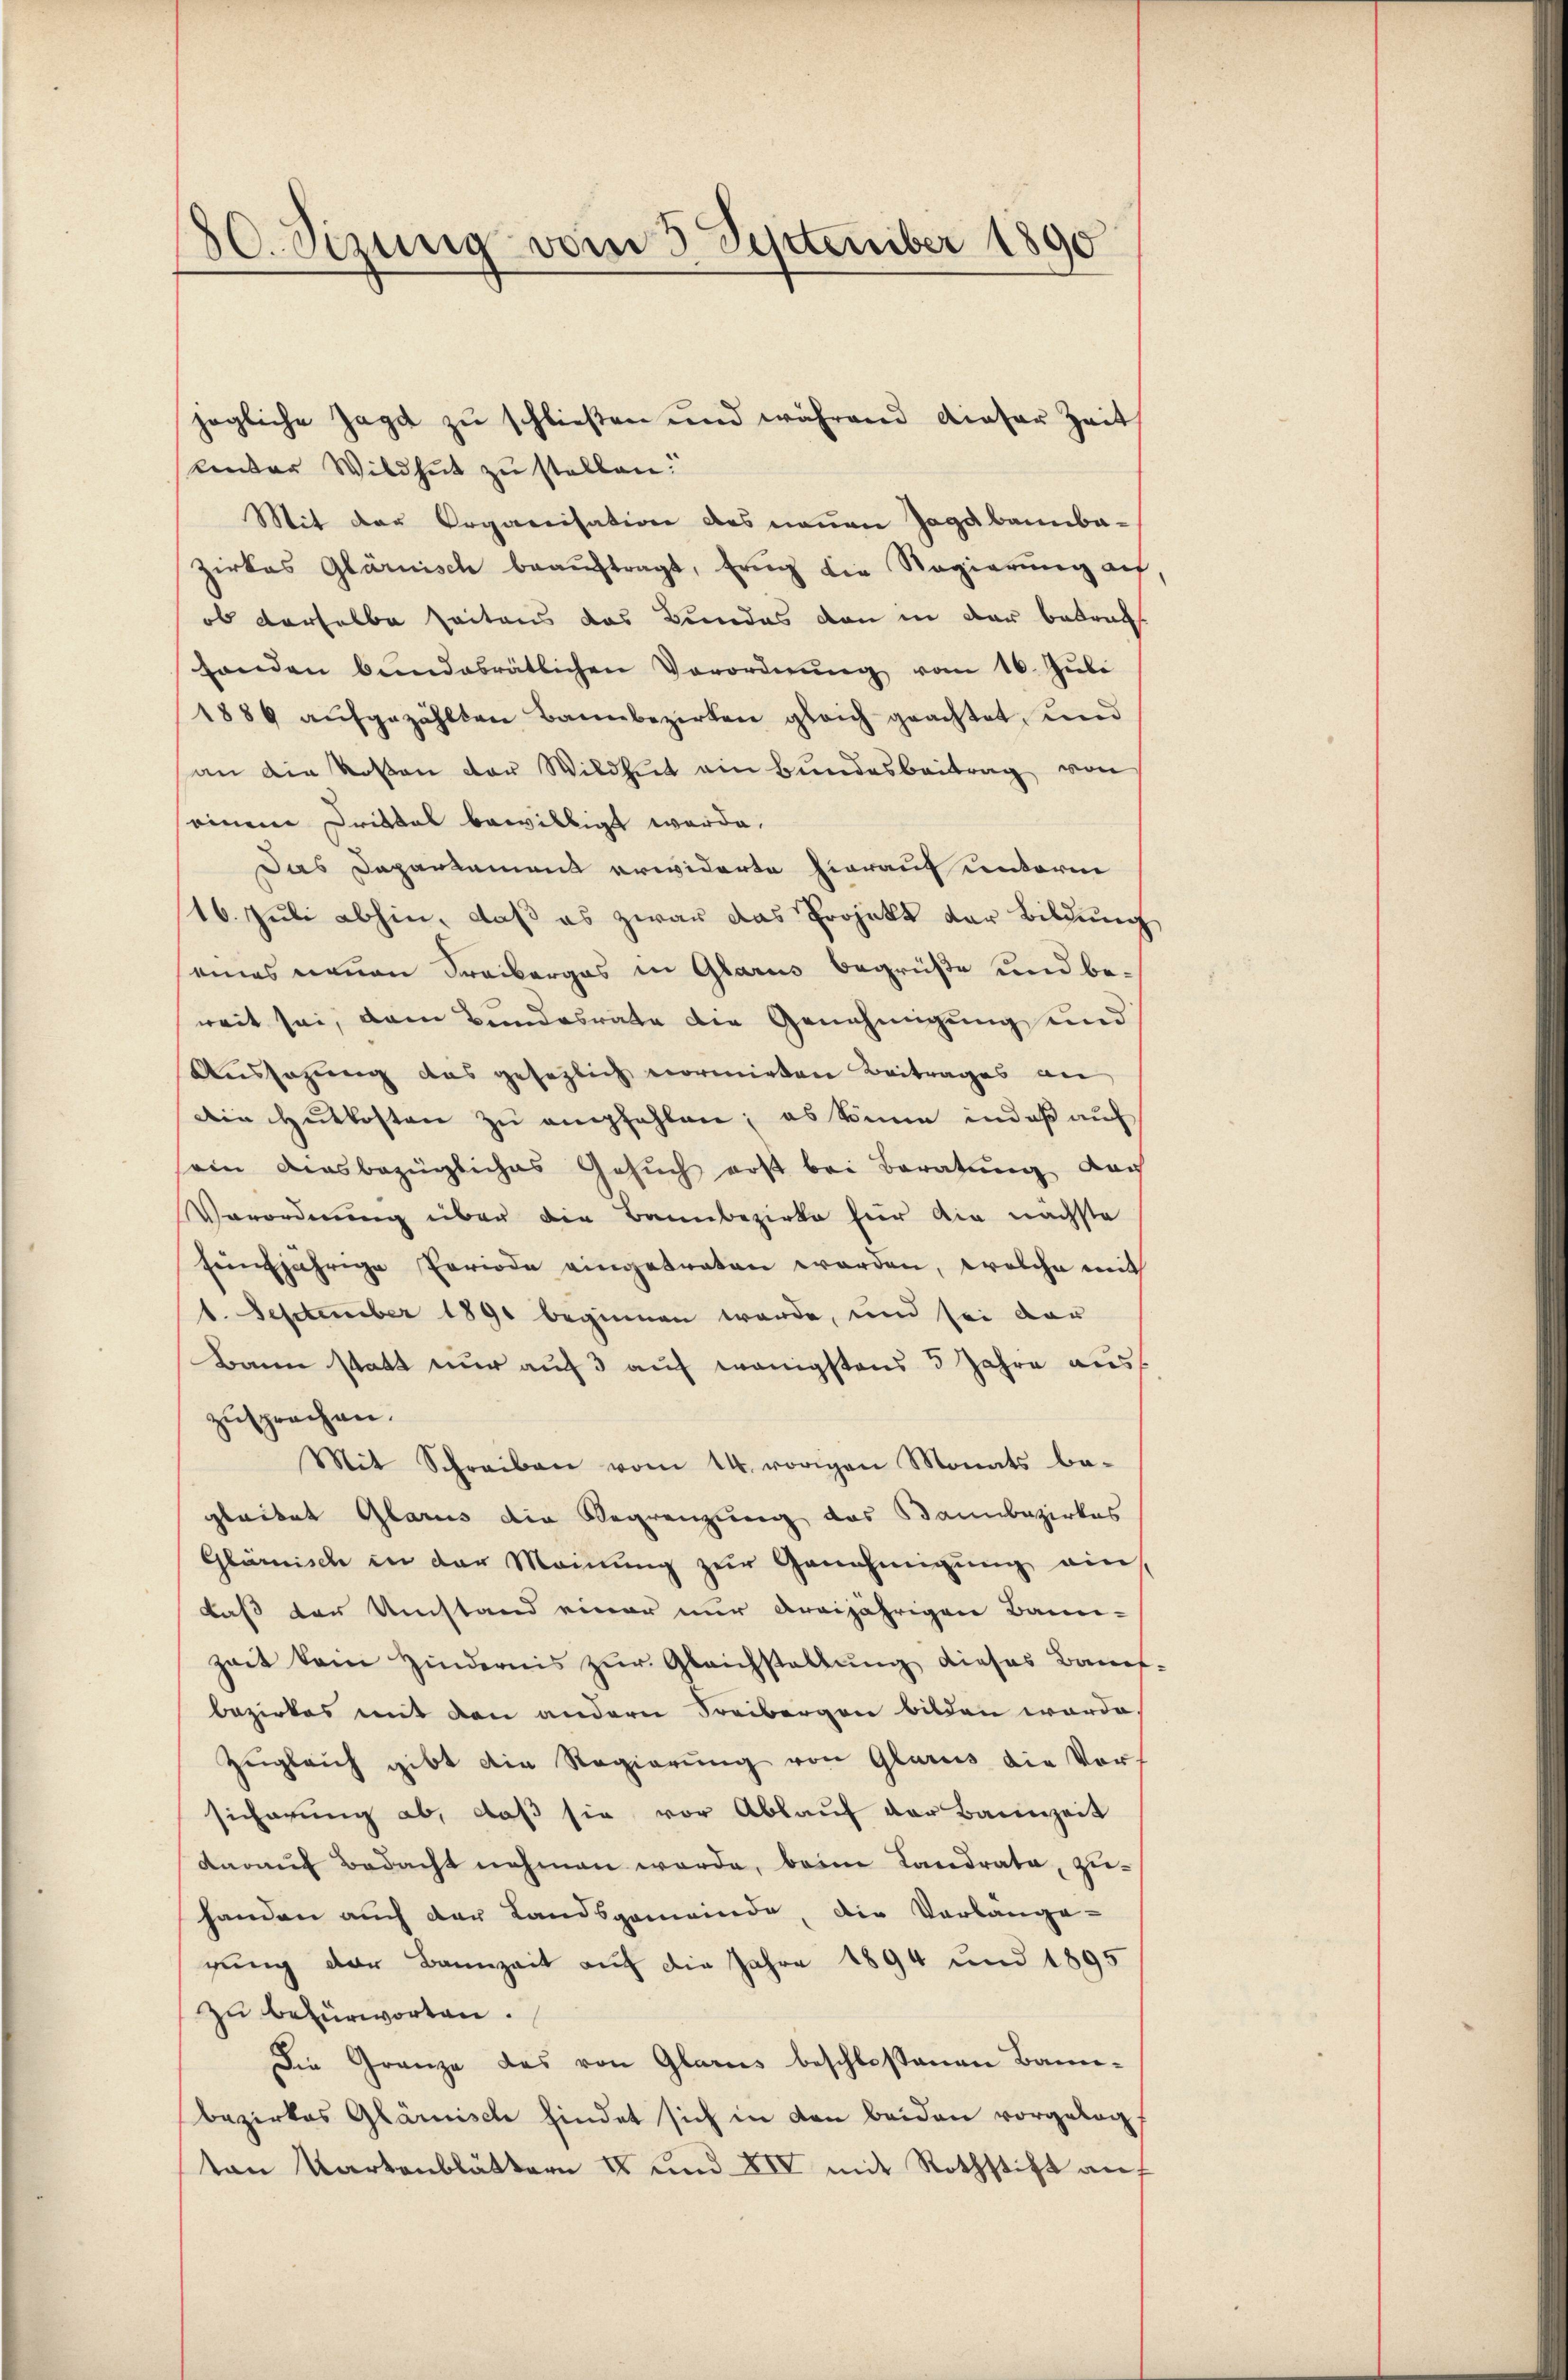
80. Sizung vom 3. September 1890

kender Wildheit zu stellen.
Mit der Organisation des neuen Jagabannbazirkes Glarnisch beaŭftragt, Erng die Regierŭng auf,
ob derselbe seitens das Bundes den in der betragt
handen bundesrätlichen Verordnŭng vom 16. Jŭli
1886 aŭfgezählten Bannbezirken gleich geachtet, und
an die Rosen der Wildheit ein Bundesbeitrag von
einen Drittel bewilligt werde.
Das Departement erwiderte hierauf unterm
16. Juli abhin, daß es zwar das Projekt der Bildung
eines neuen Freiberges in Glarus begrüße und beweit sei, dem Bundesrate die Genehmigung und
Aussagung das gesezlich vormirten Beitrages an
Die Hutkosten zu empfehlen; es kann in daß auf
ein diesbezügliches Gesuch erst bei Beratung nach
Verordnung über die Bannbezirke für die nächste
Einjährige Periode eingetreten worden, welche mit
1. September 1891 beginnen werde, und sei dar
Bann statt nur auf 3 auf wenigstens 3 Jahre aus
zusprechen.
Mit Schreiben vom 14. vorigen Monats be-
gleitet Glarus die Begrenzung das Bannbezirkes
Glärnische in der Meinung zur Genehmigung ein
daß der Umstand einer nur dreijährigen Bann-
zeit kein Hindernis zur Gleichstellung dieses Bauef.
bezirkes mit den andern Freibergen bilden werde,
Zŭgleich gibt die Regierŭng von Glarus die Vor-
sicherung ab, daß sie vor Ablauf der Bannzeit
darauf Bedacht nehmen werde, beim Landrata, zuhanden auch der Landsgemeinde, die Verlange-
gung der Bannzeit auf die Jahre 1894 und 1895
zu befürworten.
Die Granze des von Glarus beschloßenen Bannbezirkes Glärisch findet sich in den beiden vorgelegt
ton Kartenblättern II und XIV mit Rothstift auf

jegliche Jage zu schließen und während dieser Zeit